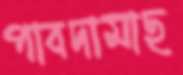
পাবদামাছ